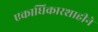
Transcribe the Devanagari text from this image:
एकाधिकारशाहीने